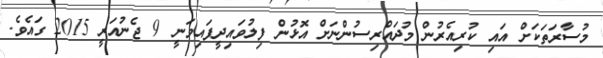
މުސާރަތަކަށް އައި ކުރިއެެރުން މުދައްރިސުންނަށް އޮޅުން ފިލުވައިދީފައިވަނީ 9 ޖެނުއަރީ 2015 ގައެެވެ.